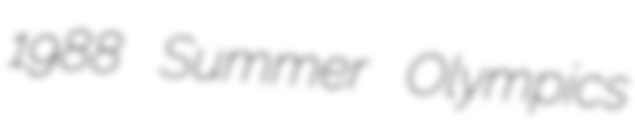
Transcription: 1988 Summer Olympics